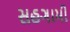
સહગામી